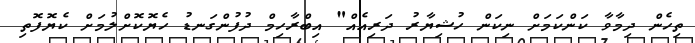
ތިހެން ދިމާވާ ކަންކަމަށް ނިކަން ހުޝިޔާރު ދަރިއެއް" އިބްރާހިމް ދުފުންގަނޑު ހެޔޮކޮށްލުމަށް ކެޔޮފޮތި